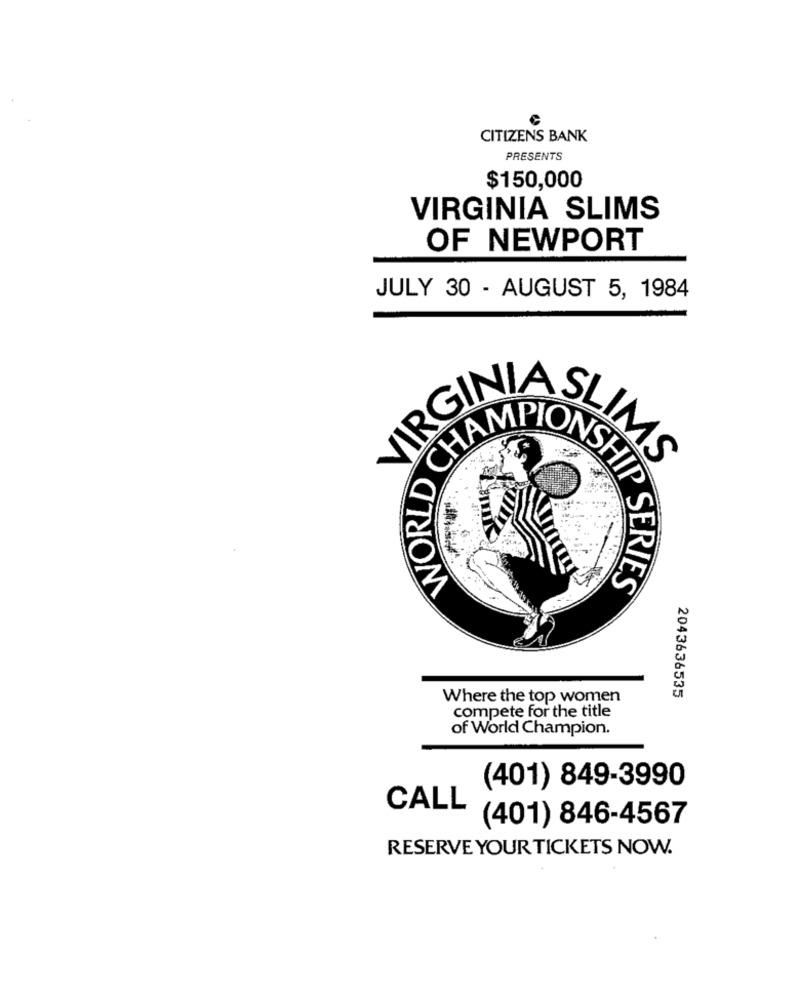
CITIZENS BANK
PRESENTS
$150,000
VIRGINIA SLIMS
OF NEWPORT
JULY 30 - AUGUST 5, 1984
VIRG
CHAMPION
WORLD
WSHAS
Where the top women
2043636535
compete for the title
of World Champion.
(401) 849-3990
CALL
(401) 846-4567
RESERVE YOUR TICKETS NOW.